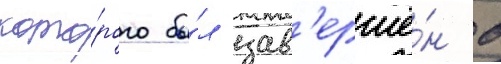
кото́рого бы́л зав'ершё́н в